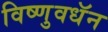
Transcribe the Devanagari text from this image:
विष्णुवधॅन